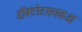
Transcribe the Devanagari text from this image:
डॉक्टरेटसमकक्ष